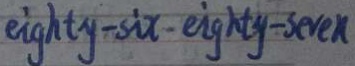
e i g h t y - s i x - e i g h t y - s e v e n